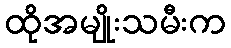
ထိုအမျိုးသမီးက